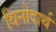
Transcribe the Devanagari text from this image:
विनोदार्थ